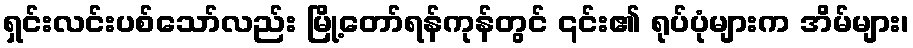
ရှင်းလင်းပစ်သော်လည်း မြို့တော်ရန်ကုန်တွင် ၎င်း၏ ရုပ်ပုံများက အိမ်များ၊